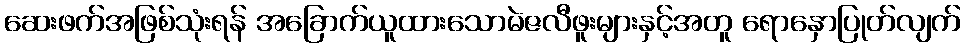
ဆေးဖက်အဖြစ်သုံးရန် အခြောက်ယူထားသောမဲဇလီဖူးများနှင့်အတူ ရောနှောပြုတ်လျက်